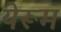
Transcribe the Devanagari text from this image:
येरूम